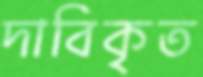
দাবিকৃত